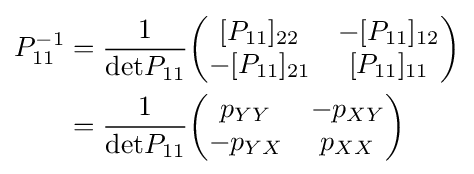
{\begin{aligned}P_{11}^{-1}&={\frac {1}{{\text{det}}P_{11}}}{\begin{pmatrix}[P_{11}]_{22}&-[P_{11}]_{12}\\-[P_{11}]_{21}&[P_{11}]_{11}\\\end{pmatrix}}\\&={\frac {1}{{\text{det}}P_{11}}}{\begin{pmatrix}p_{YY}&-p_{XY}\\-p_{YX}&p_{XX}\\\end{pmatrix}}\end{aligned}}